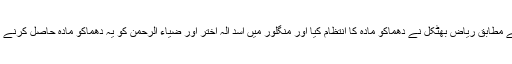
این آئی اے کے مطابق ریاض بھٹکل نے دھماکو مادہ کا انتظام کیا اور منگلور میں اسد الہ اختر اور ضیاء الرحمن کو یہ دھماکو مادہ حاصل کرنے کی ہدایت کی۔